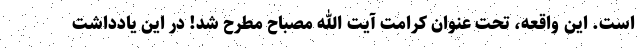
است. این واقعه، تحت عنوان کرامت آیت الله مصباح مطرح شد! در این یادداشت